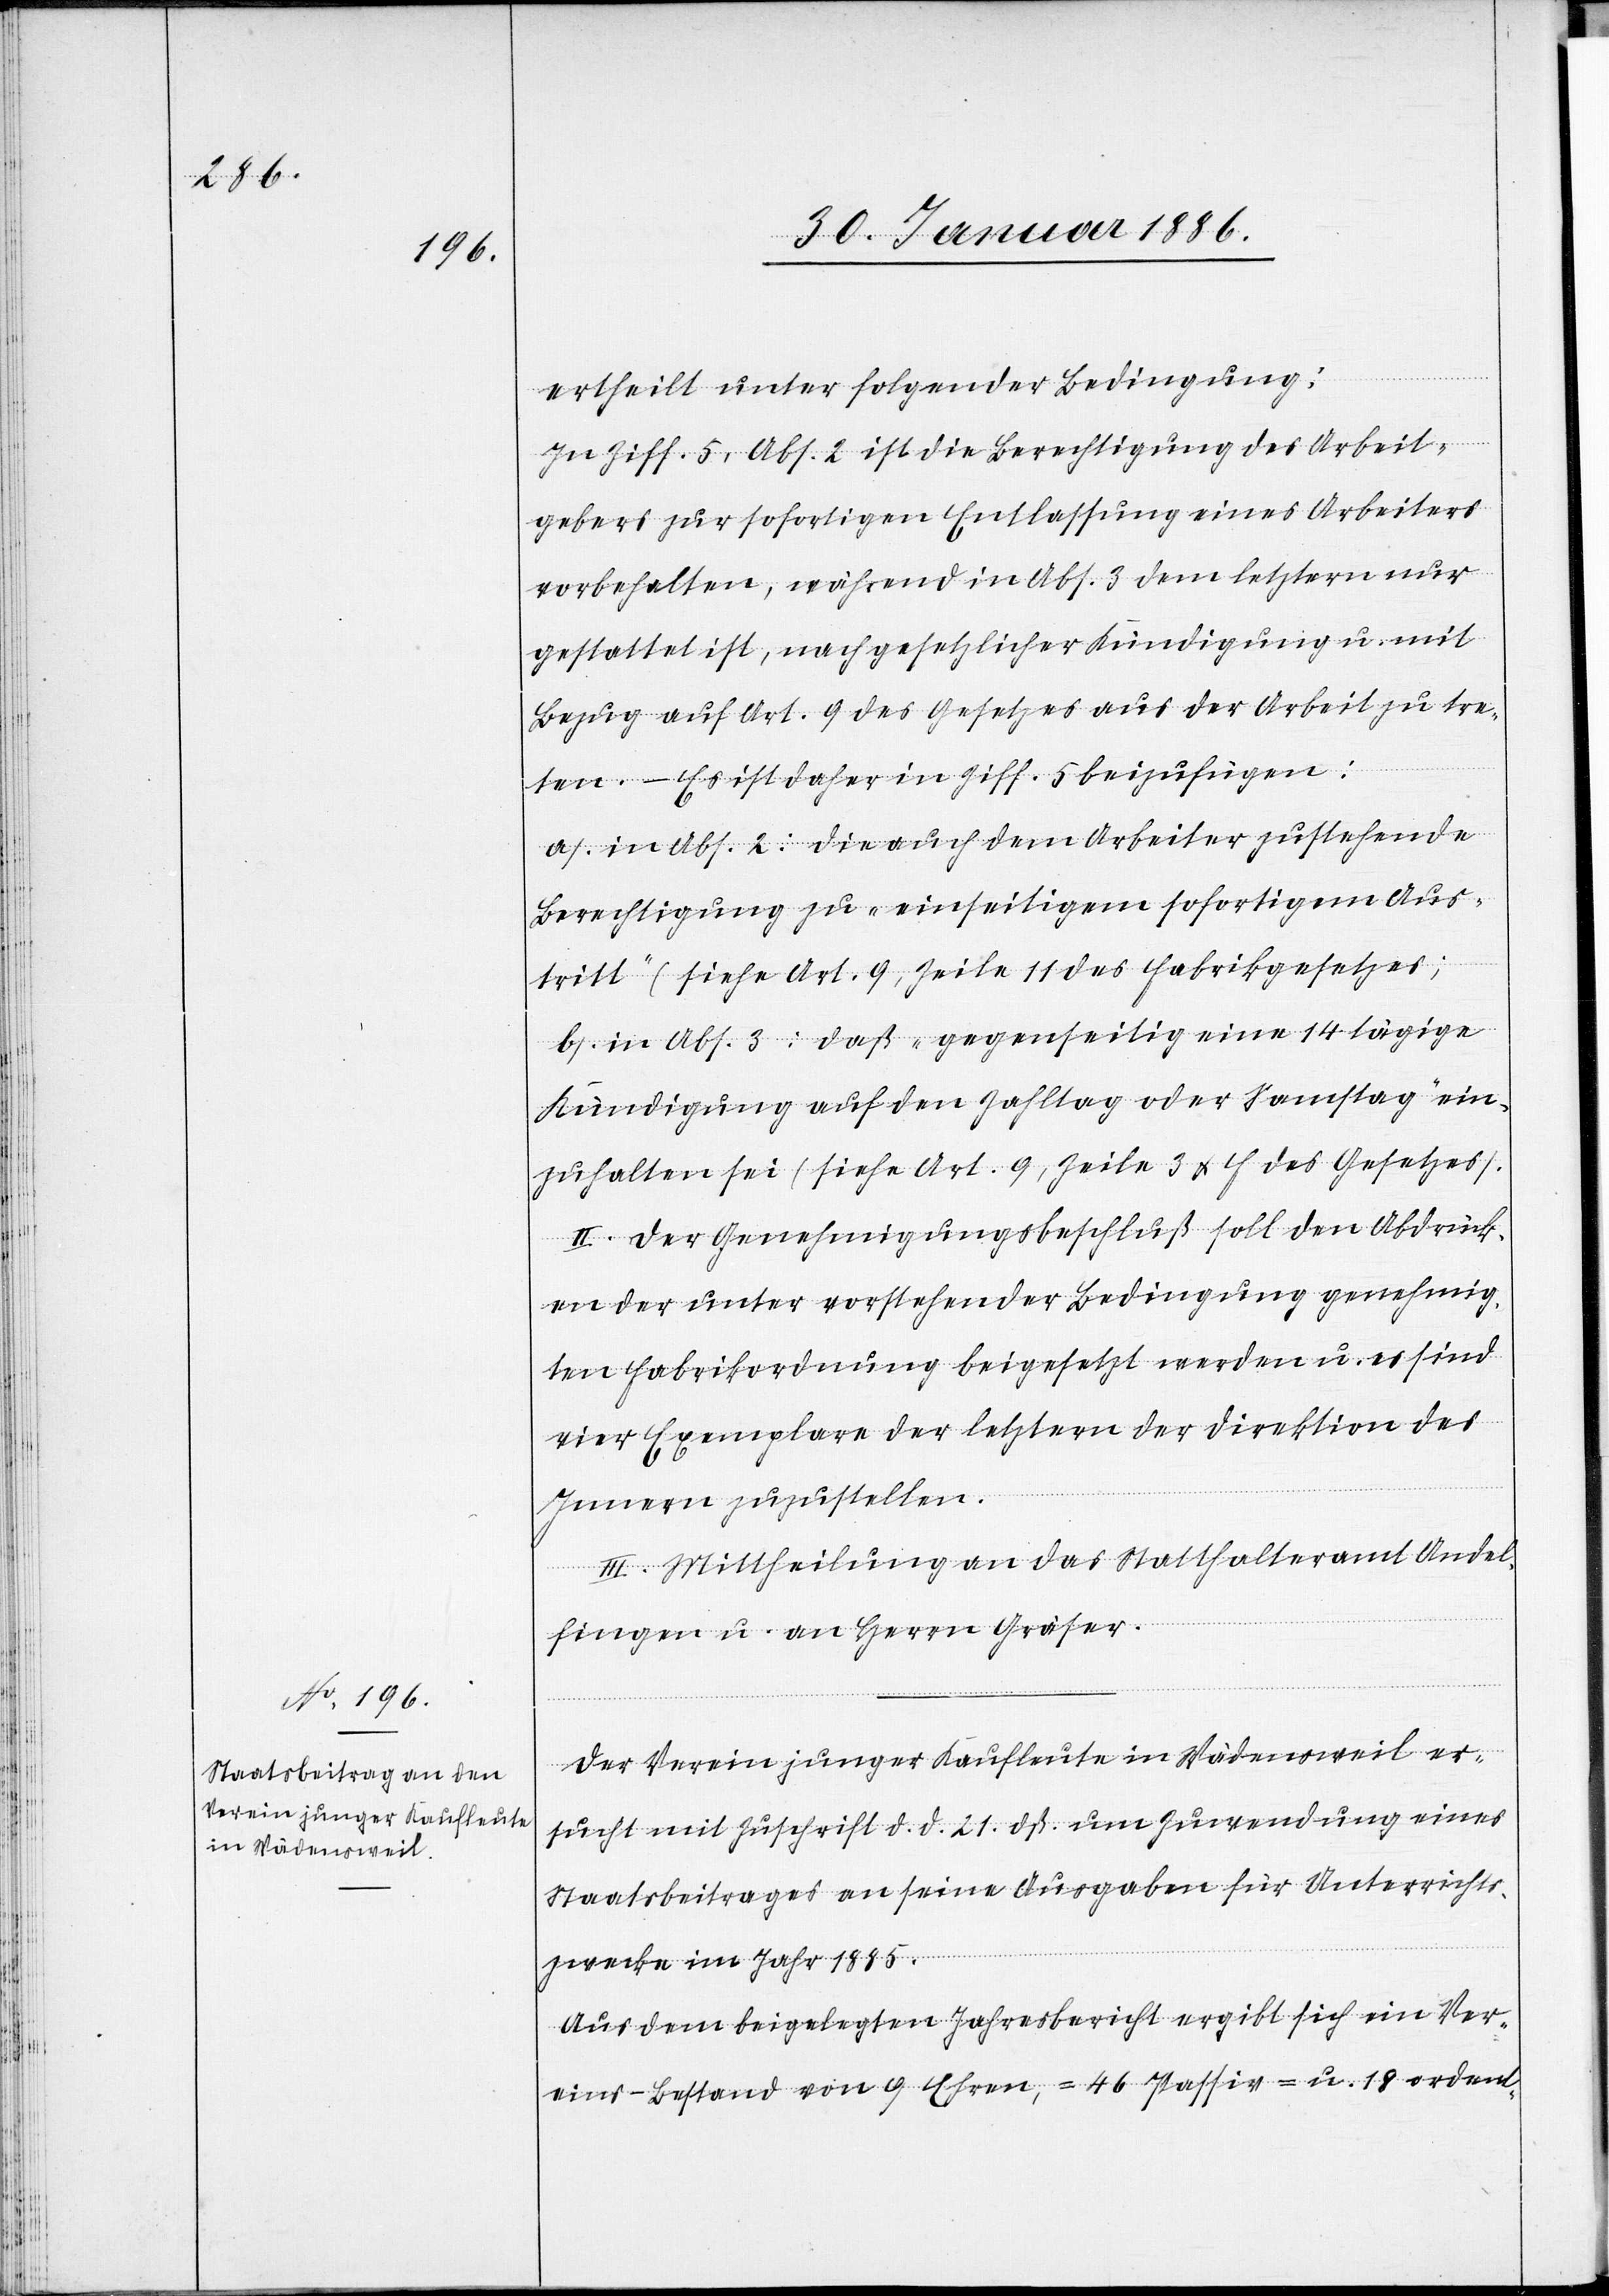
ertheilt unter folgender Bedingung:
In Ziff. 5, Abs. 2 ist die Berechtigung des Arbeit¬
gebers zur sofortigen Entlassung eines Arbeiters
vorbehalten, während in Abs. 3 dem letztern nur
gestattet ist, nach gesetzlicher Kündigung u. mit
Bezug auf Art. 9 des Gesetzes aus der Arbeit zu tre¬
ten. – Es ist daher in Ziff. 5 beizufügen:
a. in Abs. 2: Die auch dem Arbeiter zustehende
Berechtigung zu „einseitigem sofortigen Aus¬
tritt“ (siehe Art. 9, Zeile 11 des Fabrikgesetzes);
b. in Abs. 3: daß „gegenseitig eine 14tägige
Kündigung auf den Zahltag oder Samstag“ ein¬
zuhalten sei (siehe Art. 9, Zeile 3 & f des Gesetzes).
II. Der Genehmigungsbeschluß soll den Abdrück¬
en der unter vorstehender Bedingung genehmig¬
ten Fabrikordnung beigesetzt werden u. es sind
vier Exemplare der letztern der Direktion des
Innern zuzustellen.
III. Mittheilung an das Statthalteramt Andel¬
fingen u. an Herrn Gräser.
Der Verein junger Kaufleute in Wädensweil er¬
sucht mit Zuschrift d. d. 21. dß. um Zuwendung eines
Staatsbeitrages an seine Ausgaben für Unterrichts¬
zwecke im Jahr 1885.
Aus dem beigelegten Jahresbericht ergibt sich ein Ver¬
eins-Bestand von 9 Ehren-, 46 Passiv-u. 18 ordent-